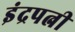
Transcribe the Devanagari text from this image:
इंद्रपत्नी